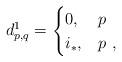
LaTeX: \begin{align*}d^1_{p,q}=\begin{cases}0, & p \,\, \\i_{*}, & p \,\, ,\end{cases}\end{align*}